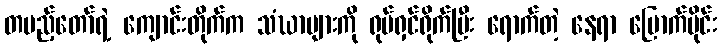
တပည့်တော်ရဲ့ ကျောင်းတိုက်က သံဃာများကို ရုပ်ရှင်ရိုက်ပြီး ရောက်တဲ့ နေရာ မြောက်ပိုင်း